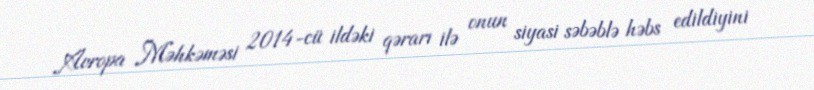
Avropa Məhkəməsi 2014-cü ildəki qərarı ilə onun siyasi səbəblə həbs edildiyini